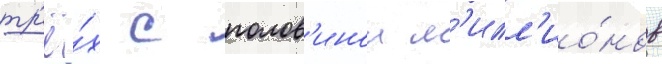
тр'ё́х с полов'инои м'илл'ио́нов